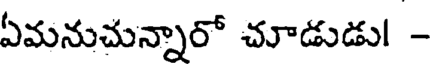
ఏమనుచున్నారో చూడుడు! -